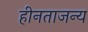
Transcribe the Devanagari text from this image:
हीनताजन्य